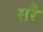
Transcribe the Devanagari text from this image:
सरै